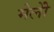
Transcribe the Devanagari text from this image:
मेलोें